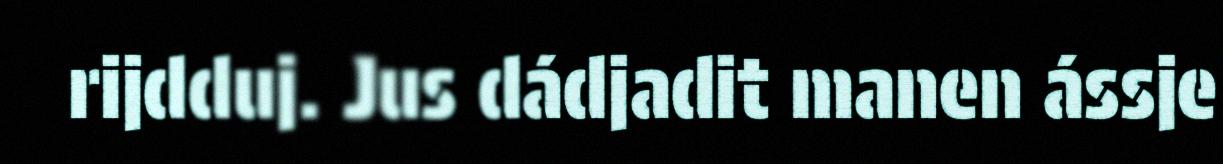
rijdduj. Jus dádjadit manen ássje